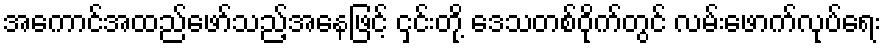
အကောင်အထည်ဖော်သည့်အနေဖြင့် ငှင်းတို့ ဒေသတစ်ဝိုက်တွင် လမ်းဖောက်လုပ်ရေး